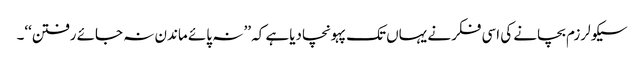
سیکولرزم بچانے کی اسی فکرنے یہاں تک پہونچادیاہے کہ ’’ نہ پائے ماندن نہ جائے رفتن‘‘۔